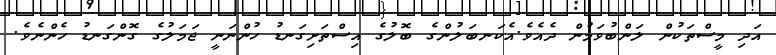
އަދި މީސްތަކުން ލަންބުވަމުން ދެއެވެ.އެކަނބަލުންގެ ބޮލުގެ އިސްތަށިގަނޑު ހުންނަނީ ޖަމަލުގެ ގޮންގަނޑު ހެންނެވެ.